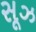
સૂઝ